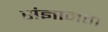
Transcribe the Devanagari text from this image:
संज्ञानता